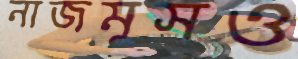
নাজমুসও